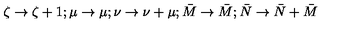
\zeta \rightarrow \zeta + 1 ; \mu \rightarrow \mu ; \nu \rightarrow \nu + \mu ; \bar { M } \rightarrow \bar { M } ; \bar { N } \rightarrow \bar { N } + \bar { M }